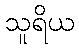
သူရိယ